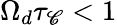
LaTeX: \Omega_{d}\tau_{\mathscr{C}}<1